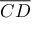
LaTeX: \overline { { C D } }